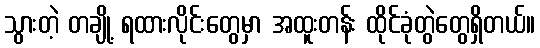
သွားတဲ့ တချို့ ရထားလိုင်းတွေမှာ အထူးတန်း ထိုင်ခုံတွဲတွေရှိတယ်။